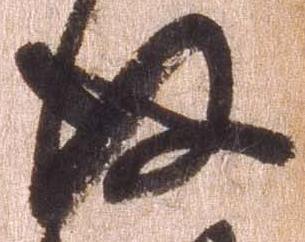
後